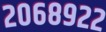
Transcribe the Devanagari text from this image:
२०६८९२२